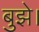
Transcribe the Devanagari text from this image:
बुझे।